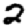
Digit: 2